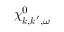
\chi _ { \boldsymbol { k } , \boldsymbol { k } ^ { \prime } , \omega } ^ { 0 }